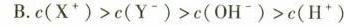
B.c(X^{+})>c(Y^{-})>c(OH^{-})>c(H^{+})